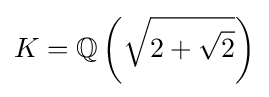
K=\mathbb {Q} \left({\sqrt {2+{\sqrt {2}}}}\right)